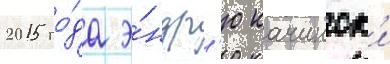
2015 го́да э́ндр'ю качинск'и